Report on vaccination in Madras 1895-1903 - 1895-1903
Year: 1895
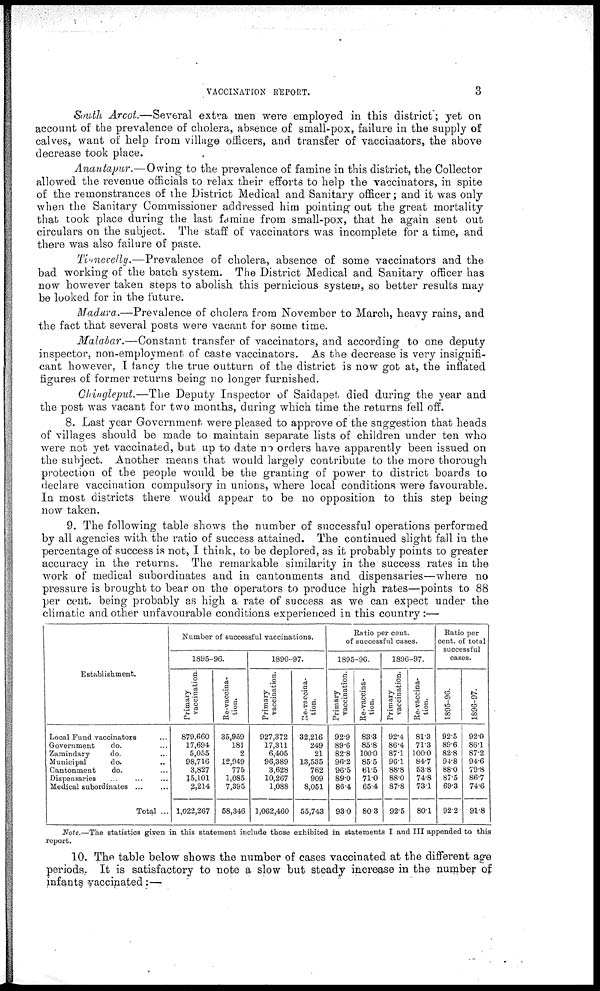
VACCINATION REPORT.
3
South Arcot.—Several extra men were employed in this district'; yet on
account of the prevalence of cholera, absence of small-pox, failure in the supply of
calves, want of help from village officers, and transfer of vaccinators, the above
decrease took place.
Anantapur.—Owing to the prevalence of famine in this district, the Collector
allowed the revenue officials to relax their efforts to help the vaccinators, in spite
of the remonstrances of the District Medical and Sanitary officer; and it was only
when the Sanitary Commissioner addressed him pointing out the great mortality
that took place during the last famine from small-pox, that he again sent out
circulars on the subject. The staff of vaccinators was incomplete for a time, and
there was also failure of paste.
Tinnevelly.—Prevalence of cholera, absence of some vaccinators and the
bad working of the batch system. The District Medical and Sanitary officer has
now however taken steps to abolish this pernicious system, so better results may
be looked for in the future.
Madura.—Prevalence of cholera from November to March, heavy rains, and
the fact that several posts were vacant for some time.
Malabar.—Constant transfer of vaccinators, and according to one deputy
inspector, non-employment of caste vaccinators. As the decrease is very insignifi-
cant however, I fancy the true outturn of the district is now got at, the inflated
figures of former returns being no longer furnished.
Chingleput.—The Deputy Inspector of Saidapet died during the year and
the post was vacant for two months, during which time the returns fell off.
8. Last year Government were pleased to approve of the suggestion that heads
of villages should be made to maintain separate lists of children under ten who
were not yet vaccinated, but up to date no orders have apparently been issued on
the subject. Another means that would largely contribute to the more thorough
protection of the people would be the granting of power to district boards to
declare vaccination compulsory in unions, where local conditions were favourable.
In most districts there would appear to be no opposition to this step being
now taken.
9. The following table shows the number of successful operations performed
by all agencies with the ratio of success attained. The continued slight fall in the
percentage of success is not, I think, to be deplored, as it probably points to greater
accuracy in the returns. The remarkable similarity in the success rates in the
work of medical subordinates and in cantonments and dispensaries—where no
pressure is brought to bear on the operators to produce high rates—points to 88
per cent. being probably as high a rate of success as we can expect under the
climatic and other unfavourable conditions experienced in this country :—
Establishment.
Local Fund vaccinators ...
Government
do. ...
Zamindary
do. ...
Municipal
do. ...
Cantonment
do. ...
Dispensaries... ... ...
Medical subordinates... ...
Total ...
Number of successful vaccinations.
1895-96.
Primary
vaccination.
879,660
17,694
5,055
98,716
3,827
15,101
2,214
1,022,267
Re-vaccina-
tion.
35,959
181
2
12,949
775
1,085
7,395
58,346
1896-97.
Primary
vaccination.
927,372
17,311
6,405
96,389
3,628
10,267
1,088
1,062,460
Re-vaccina-
tion.
32.216
249
21
13,535
762
909
8,051
55,743
Ratio per cent.
of successful cases.
1895-96.
Primary
vaccination.
92.9
89.6
82.8
96.2
96.5
89.0
86.4
93.0
Re-vaccina-
tion.
83.3
85.8
100.0
85.5
61.5
71.0
65.4
80.3
1896-97.
Primary
vaccination.
92.4
86.4
87.1
96.1
88.8
88.0
87.8
92.5
Re-vaccina-
tion.
81.3
71.3
100.0
84.7
53.8
74.8
73.1
80.1
Ratio per
cent. of total
successful
cases.
1895-96.
92.5
89.6
82.8
94.8
88.0
87.5
69.3
92.2
1896-97.
92.0
86.1
87.2
94.6
79.8
86.7
74.6
91.8
Note.—The statistics given in this statement include those exhibited in statements I and III appended to this
report.
10. The table below shows the number of cases vaccinated at the different age
periods. It is satisfactory to note a slow but steady increase in the number of
infants vaccinated :—